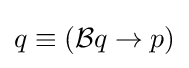
q\equiv ({\mathcal {B}}q\to p)